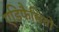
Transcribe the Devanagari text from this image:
एडिफैसियो